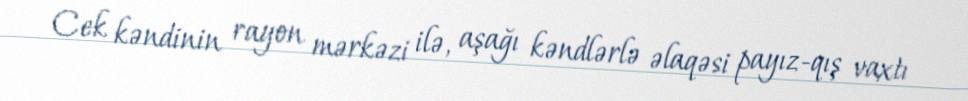
Cek kəndinin rayon mərkəzi ilə, aşağı kəndlərlə əlaqəsi payız-qış vaxtı